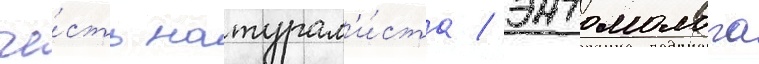
че́сть натурал'и́ста / энтомолога